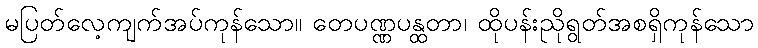
မပြတ်လေ့ကျက်အပ်ကုန်သော။ တေပဏ္ဏပန္ထတာ၊ ထိုပန်းညိုရွတ်အစရှိကုန်သော